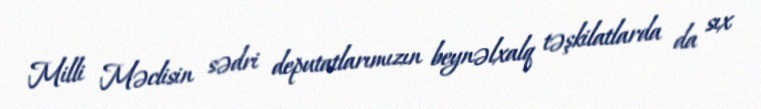
Milli Məclisin sədri deputatlarımızın beynəlxalq təşkilatlarda da sıx